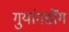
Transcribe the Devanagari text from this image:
गुयांगडोंग